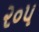
૨૦૫